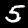
Label: 5